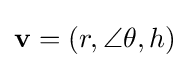
\mathbf {v} =(r,\angle \theta ,h)